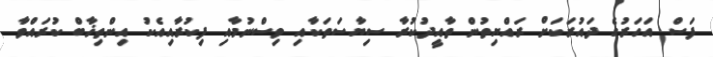
ފަސް އަހަރުގެ ދައުރަކަށް ރައްޔިތުން ތާއީދުކުރާ ސިޔާސަތަކާއި ވިސްނުމާއި ފިކުރާއިއެކު އިންތިޚާބް ކުރައްވާ